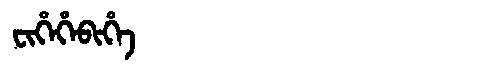
Manchu: ᠸᡳᡥᡝᡥᡝᠪᡳᡥᡝ
Romanization: FIHEHEBIHE